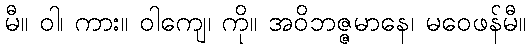
မီ။ ဝါ၊ ကား။ ဝါကျေ၊ ကို။ အဝိဘဇ္ဇမာနေ၊ မဝေဖန်မီ။